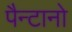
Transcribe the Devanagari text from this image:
पैन्टानो